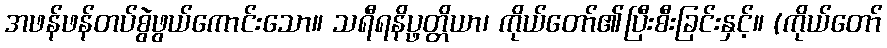
အဖန်ဖန်တပ်စွဲဖွယ်ကောင်းသော။ သရီရနိပ္ဖတ္တိယာ၊ ကိုယ်တော်၏ပြီးစီးခြင်းနှင့်။ (ကိုယ်တော်